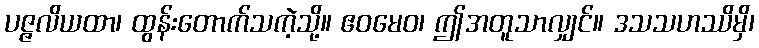
ပဇ္ဇလိယထာ၊ ထွန်းတောက်သကဲ့သို့။ ဧဝမေဝ၊ ဤအတူသာလျှင်။ ဒသသဟဿိမှိ၊